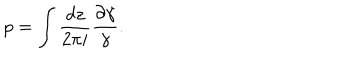
p = \int { \frac { d z } { 2 \pi i } } { \frac { \partial \gamma } { \gamma } } .